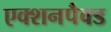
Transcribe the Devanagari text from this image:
एक्शनपैक्ड